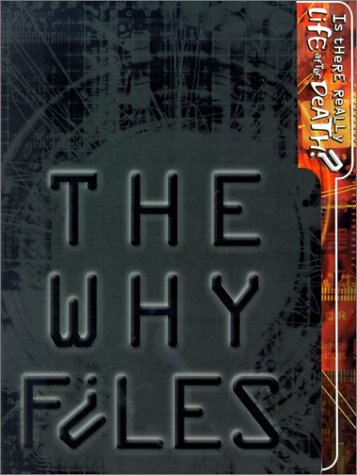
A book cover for Is There Really Life After Death?: Questions about School Shootings, Grief, and Coming Back as a Gerbil (Why Files); James N. Watkins; Teen & Young Adult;